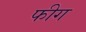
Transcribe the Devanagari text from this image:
फीग